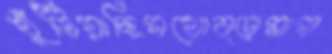
খুঁটিয়াছিসথোব্‌ড়ামাপ